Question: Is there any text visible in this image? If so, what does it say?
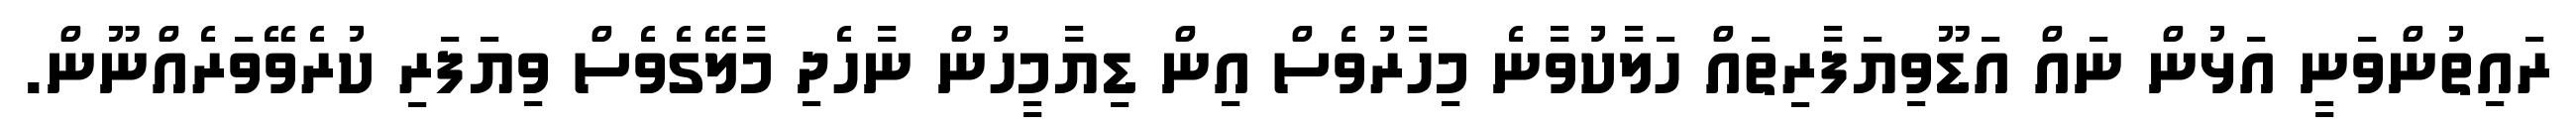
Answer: ރައިތުންވަނީ އަޅުން ނައް އަޑޫވިޔަފާރިތައް ހަލާކުވާނެ މިހާރުވެސް އިން ޑިޔާމީހުން ނާހެދި މާލޭގެވެސް ވިޔަފަރި ކުރެވޭވަރެއްނޫން.